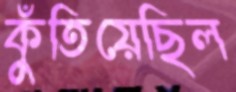
কুঁতিয়েছিল